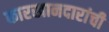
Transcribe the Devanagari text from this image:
कारखानदारांची